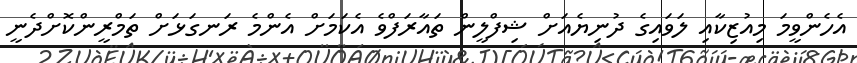
އެހެންވީމަ މިއުޒިކާއި ލަވައިގެ ދުނިޔެއަށް ޝިފްލީން ތައާރަފްވެ އެކަމަށް އެންމެ ރަނގަޅަށް ތަމްރީންކޮށްދެނީ